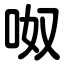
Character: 呶